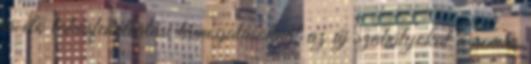
is élő lakásfenntartási támogatásoknál az új szabályokat a rendes